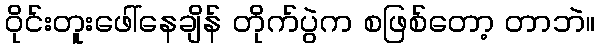
ဝိုင်းတူးဖေါ်နေချိန် တိုက်ပွဲက စဖြစ်တော့ တာဘဲ။